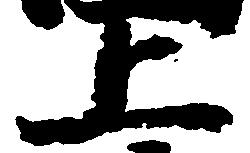
上